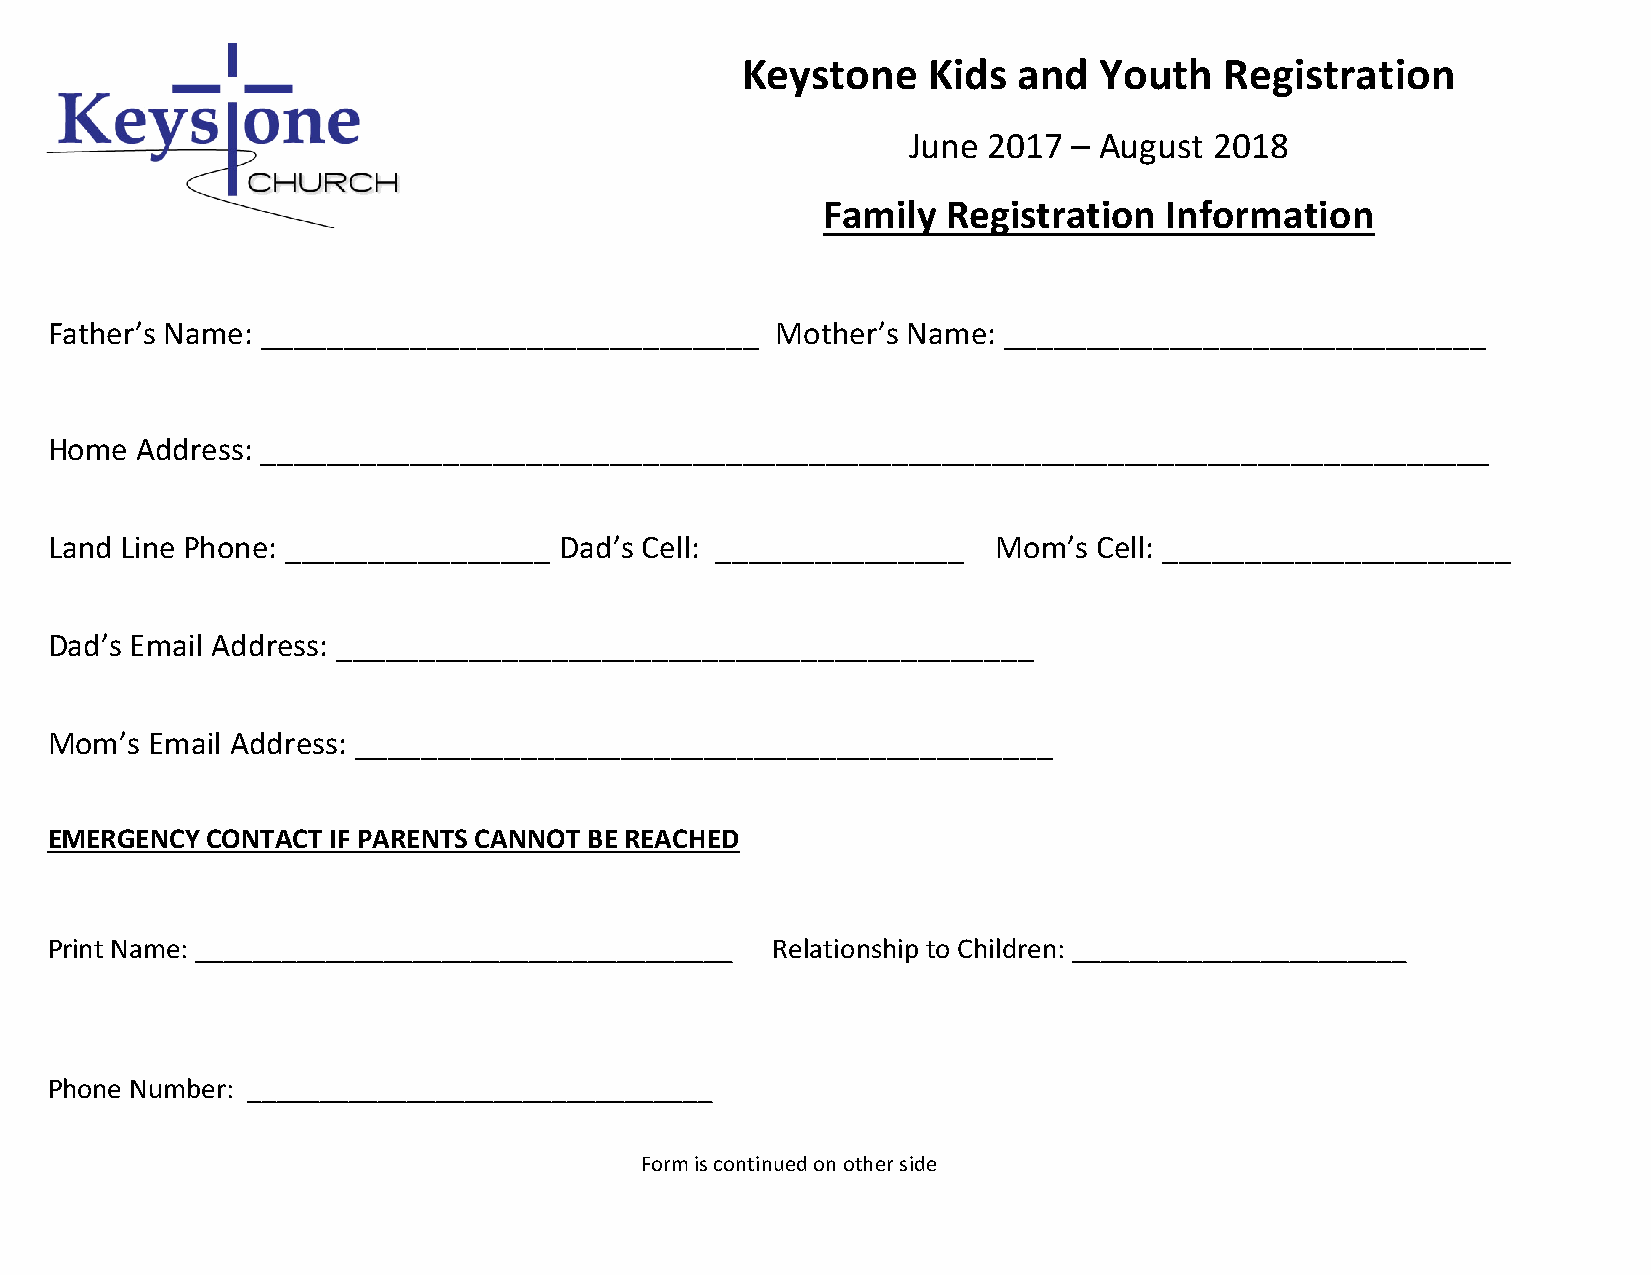
Keystone    Kids  and   Youth   Registration
 June 2017  – August 2018
 Family   Registration  Information
 Father’s Name: ______________________________   Mother’s Name: _____________________________
 Home  Address: __________________________________________________________________________
 Land Line Phone: ________________ Dad’s Cell: _______________  Mom’s  Cell: _____________________
 Dad’s Email Address: __________________________________________
 Mom’s  Email Address: __________________________________________
 EMERGENCY  CONTACT IF PARENTS CANNOT BE REACHED
 Print Name: _____________________________________ Relationship to Children: _______________________
 Phone Number: ________________________________
 Form is continued on other side